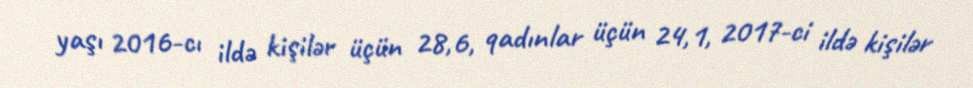
yaşı 2016-cı ildə kişilər üçün 28,6, qadınlar üçün 24,1, 2017-ci ildə kişilər